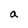
Character: a